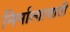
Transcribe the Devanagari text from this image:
निर्मात्यासाठी